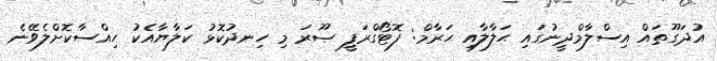
އުދަގޫތައް އިސްލާމްދީނުގައި ޙަލާލާއި ޙަރާމް: ފޮޓޯގްރަފީ ޞޫރަ މި ހިނދުކޮޅު ކަލާޔާއެކު ހިއްސާކޮށްލެވޭނެ